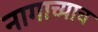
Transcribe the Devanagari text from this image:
नागाच्याच